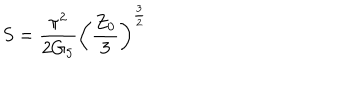
S = \frac { \pi ^ { 2 } } { 2 G _ { 5 } } \left( \frac { Z _ { 0 } } { 3 } \right) ^ { \frac { 3 } { 2 } }